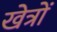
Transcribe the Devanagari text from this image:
खेत्रों